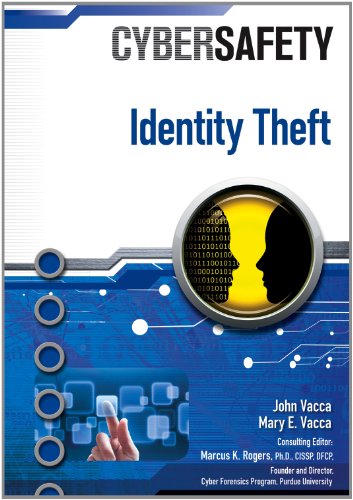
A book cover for Identity Theft (Cybersafety); John Vacca; Children's Books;